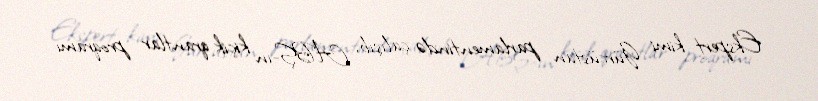
Ekspert kimi Gürcüstan parlamentində çalışıb, ABŞ-ın kiçik qrantlar proqramı